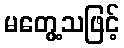
မတွေ့သဖြင့်